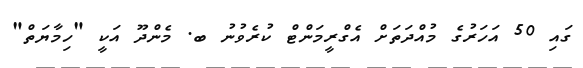
ގައި 50 އަހަރުގެ މުއްދަތަށް އެގްރީމަންޓް ކުރެވުނު ބ. މެންދޫ އަކީ "ހިމާޔަތް"